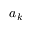
a _ { k }